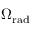
\Omega _ { \mathrm { r a d } }